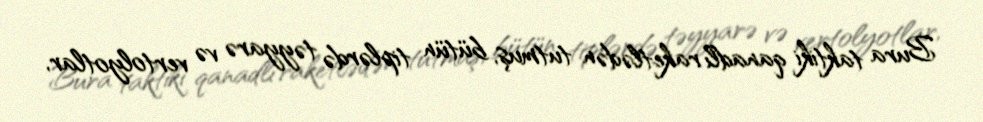
Bura taktiki qanadlı raketlədən tutmuş, bütün tiplərdə təyyarə və vertolyotlar,